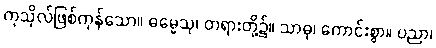
ကုသိုလ်ဖြစ်ကုန်သော။ ဓမ္မေသု၊ တရားတို့၌။ သာဓု၊ ကောင်းစွာ။ ပညာ၊